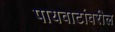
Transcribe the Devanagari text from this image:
पायवाटांवरील